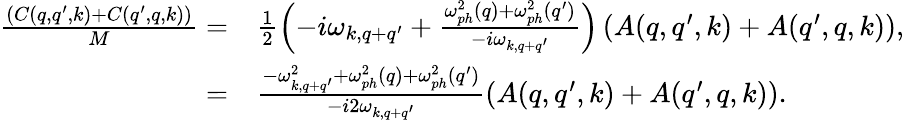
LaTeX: \begin{array}{rl}{\frac{(C(q,q^{\prime},k)+C(q^{\prime},q,k))}{M}=}&{{}\frac{1}{2}\left(-i\omega_{k,q+q^{\prime}}+\frac{\omega_{ph}^{2}(q)+\omega_{ph}^{2}(q^{\prime})}{-i\omega_{k,q+q^{\prime}}}\right)\left(A(q,q^{\prime},k)+A(q^{\prime},q,k)\right),}\\ {=}&{{}\frac{-\omega_{k,q+q^{\prime}}^{2}+\omega_{ph}^{2}(q)+\omega_{ph}^{2}(q^{\prime})}{-i2\omega_{k,q+q^{\prime}}}\left(A(q,q^{\prime},k)+A(q^{\prime},q,k)\right).}\end{array}